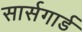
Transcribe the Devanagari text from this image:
सार्सगार्ड